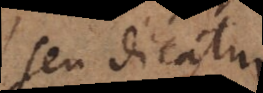
seu dicatur